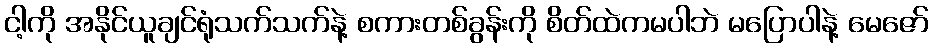
ငါ့ကို အနိုင်ယူချင်ရုံသက်သက်နဲ့ စကားတစ်ခွန်းကို စိတ်ထဲကမပါဘဲ မပြောပါနဲ့ မေဇော်